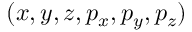
( x , y , z , p _ { x } , p _ { y } , p _ { z } )